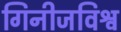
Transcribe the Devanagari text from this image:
गिनीजविश्व